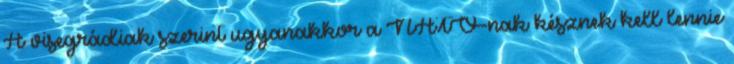
A visegrádiak szerint ugyanakkor a NATO-nak késznek kell lennie